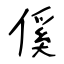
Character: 傒